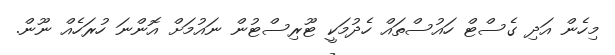
މިހެން އަދި ގެސްޓް ހައުސްތައް ހެދުމަކީ ޓޫރިސްޓުން ނައުމަށް އޮންނަ ހުރަހެއް ނޫން.